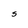
Character: S